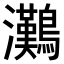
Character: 𤅩